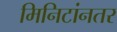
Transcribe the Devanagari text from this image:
मिनिटांनतर